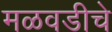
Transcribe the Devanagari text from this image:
मळवडीचे